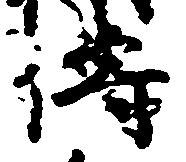
伝